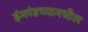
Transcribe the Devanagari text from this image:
इंग्लंडच्यामधील